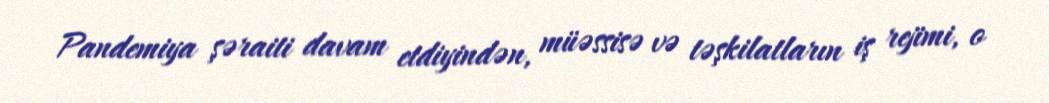
Pandemiya şəraiti davam etdiyindən, müəssisə və təşkilatların iş rejimi, o